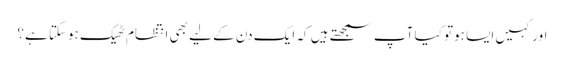
اور کہیں ایسا ہوتو کیا آپ سمجھتے ہیں کہ ایک دن کے لیے بھی انتظام ٹھیک ہوسکتا ہے؟